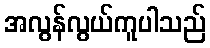
အလွန်လွယ်ကူပါသည်